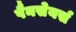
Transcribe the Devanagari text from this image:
पैनसेयर्स